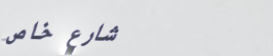
شارع خاص